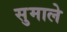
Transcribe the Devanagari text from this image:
सुमाले